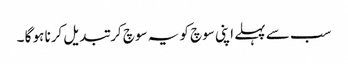
سب سے پہلے اپنی سوچ کو یہ سوچ کر تبدیل کرنا ہو گا ۔